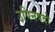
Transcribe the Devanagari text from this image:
उपिनषदो